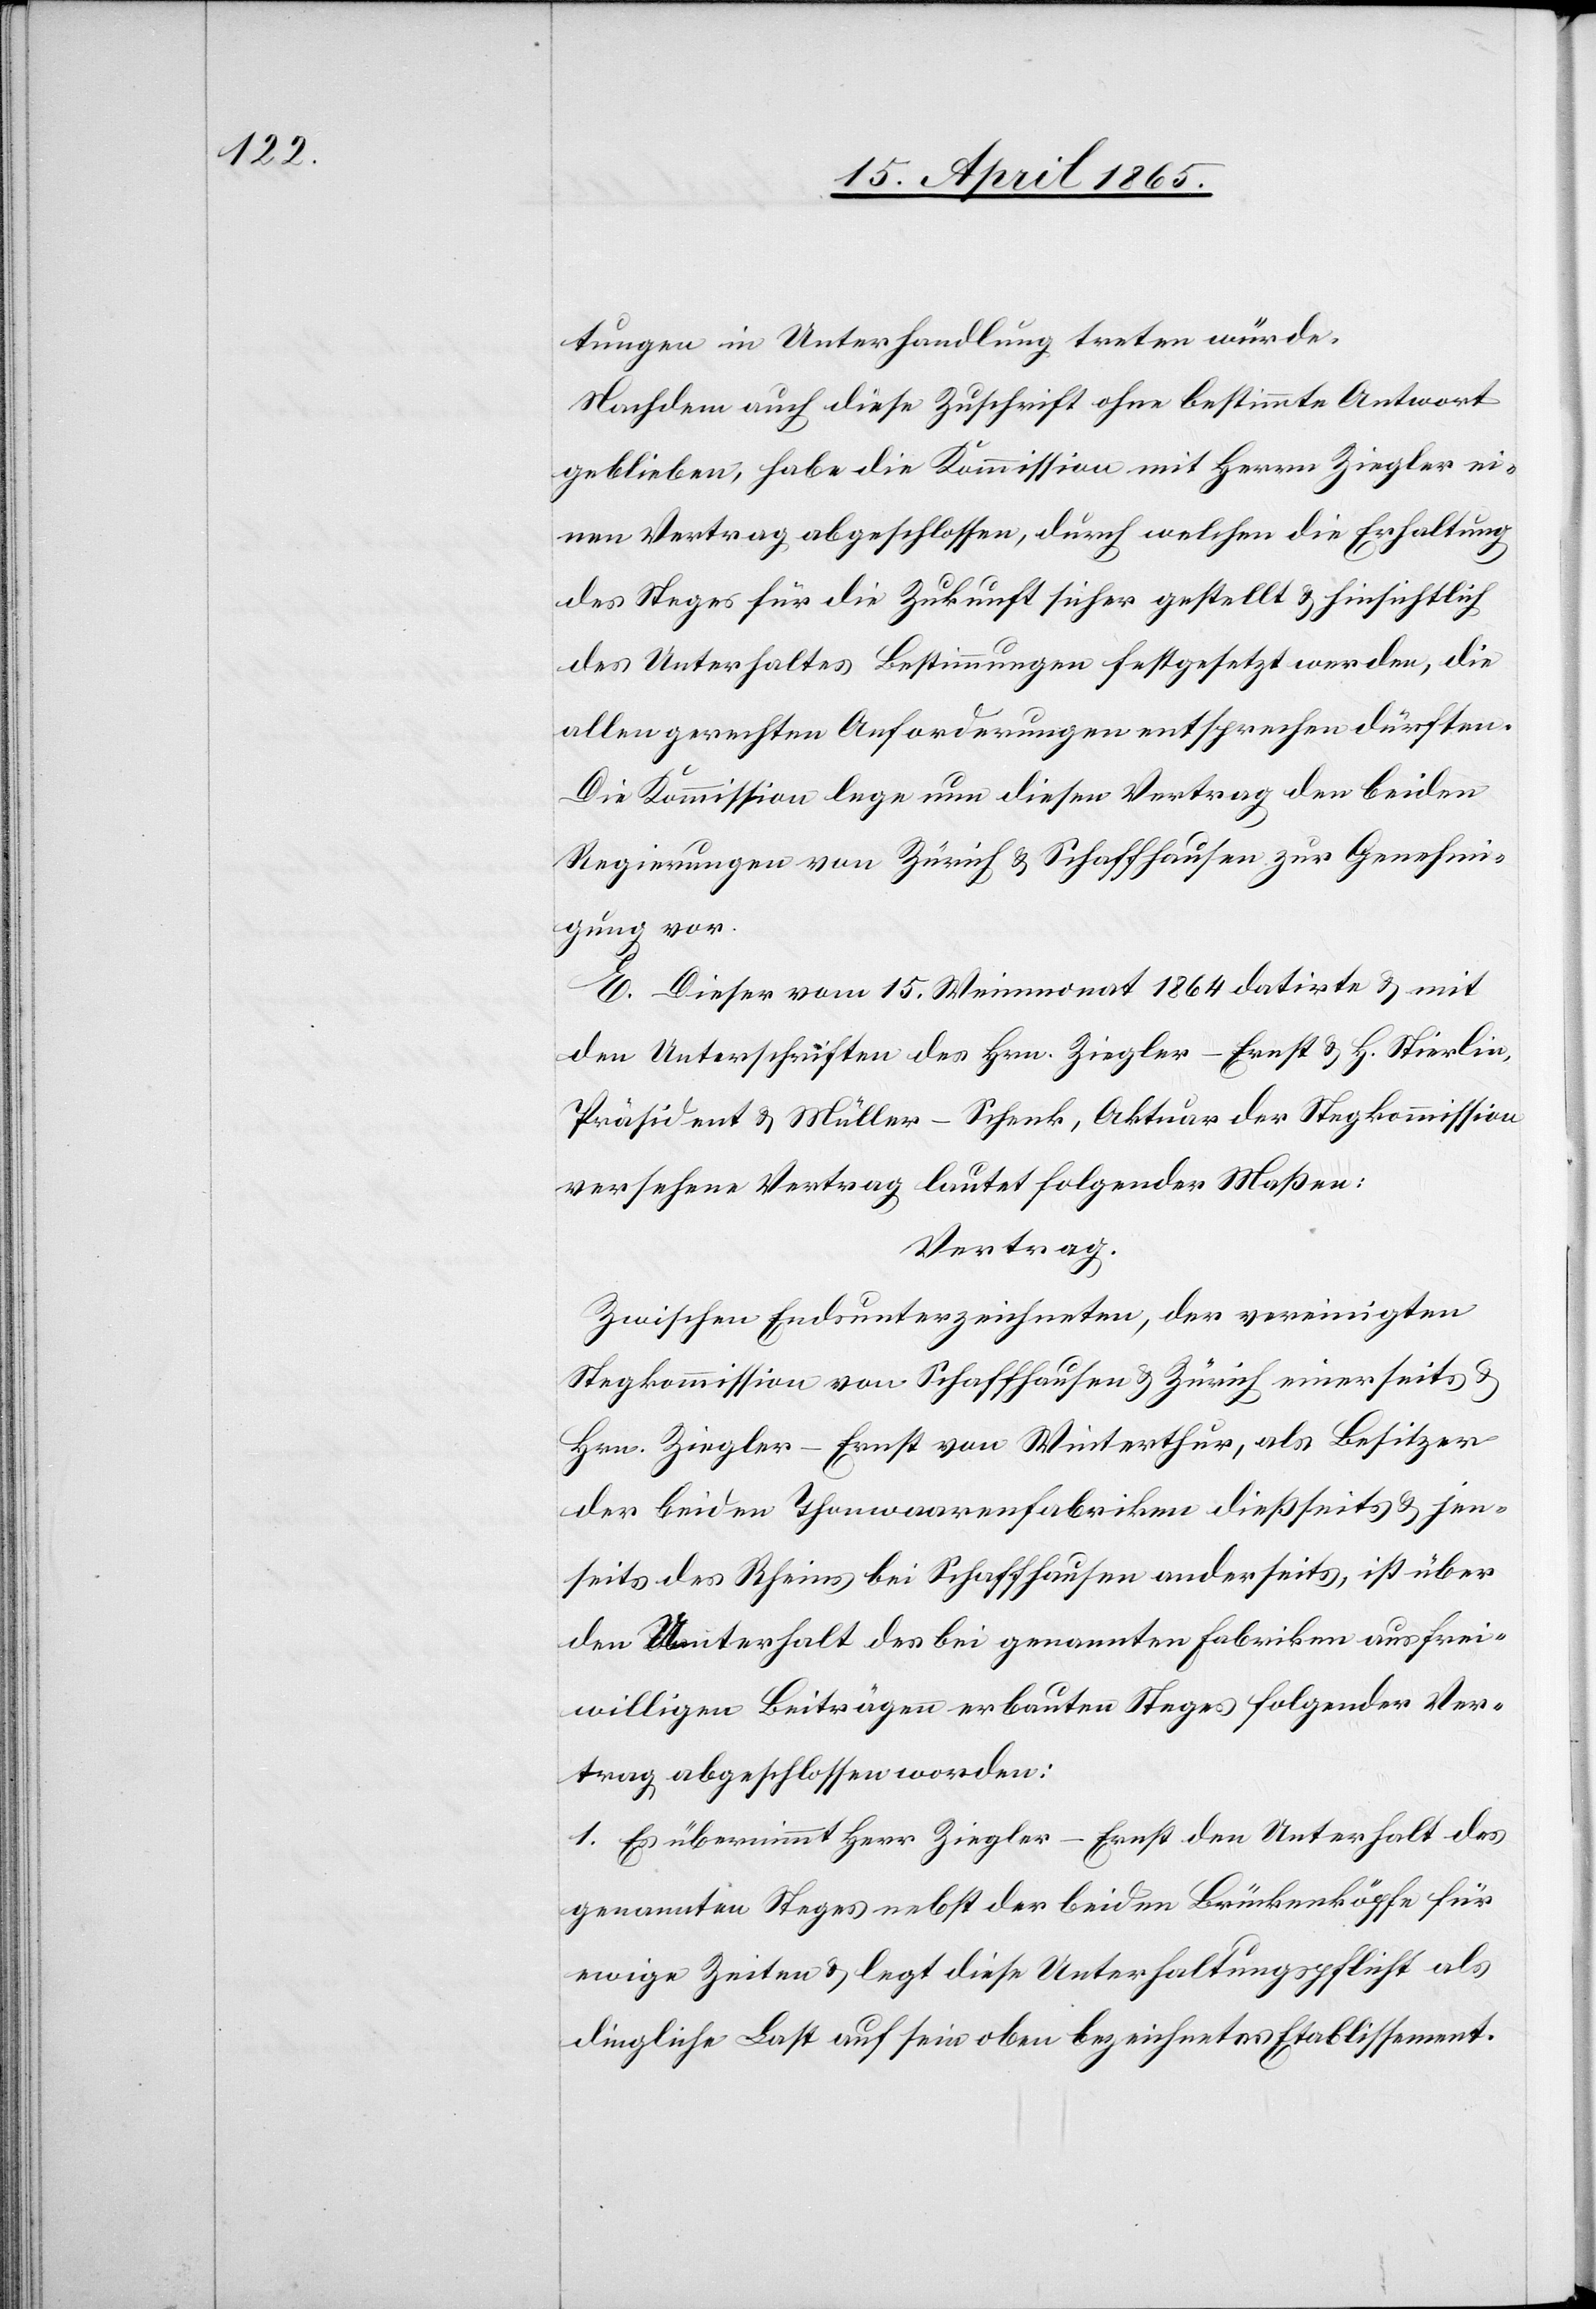
tungen in Unterhandlung treten würde.
Nachdem auch diese Zuschrift ohne bestimmte Antwort
geblieben, habe die Kommission mit Herrn Ziegler ei¬
nen Vertrag abgeschlossen, durch welchen die Erhaltung
des Steges für die Zukunft sicher gestellt & hinsichtlich
des Unterhaltes Bestimmungen festgesetzt werden, die
allen gerechten Anforderungen entsprechen dürften.
Die Kommission lege nun diesen Vertrag den beiden
Regierungen von Zürich & Schaffhausen zur Genehmi¬
gung vor.
E. Dieser vom 15. Weinmonat 1864 datirte & mit
den Unterschriften des Hrn. Ziegler-Ernst & H. Stierlin,
Präsident & Müller-Schenk, Aktuar der Stegkommission
versehene Vertrag lautet folgender Maßen:
Vertrag.
Zwischen Endsunterzeichneten, der vereinigten
Stegkommission von Schaffhausen & Zürich einerseits
Hrn. Ziegler-Ernst von Winterthur, als Besitzer
der beiden Thonwaarenfabriken dießseits & jen¬
seits des Rheins bei Schaffhausen anderseits, ist über
den Unterhalt des bei genannten Fabriken aus frei¬
willigen Beiträgen erbauten Steges folgender Ver¬
trag abgeschlossen worden:
1. Es übernimmt Herr Ziegler-Ernst den Unterhalt des
genannten Steges nebst der beiden Brückenköpfe für
ewige Zeiten & legt diese Unterhaltungspflicht als
dingliche Last auf sein oben bezeichnetes Etablissement.